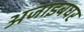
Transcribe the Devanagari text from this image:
अजाइबघर